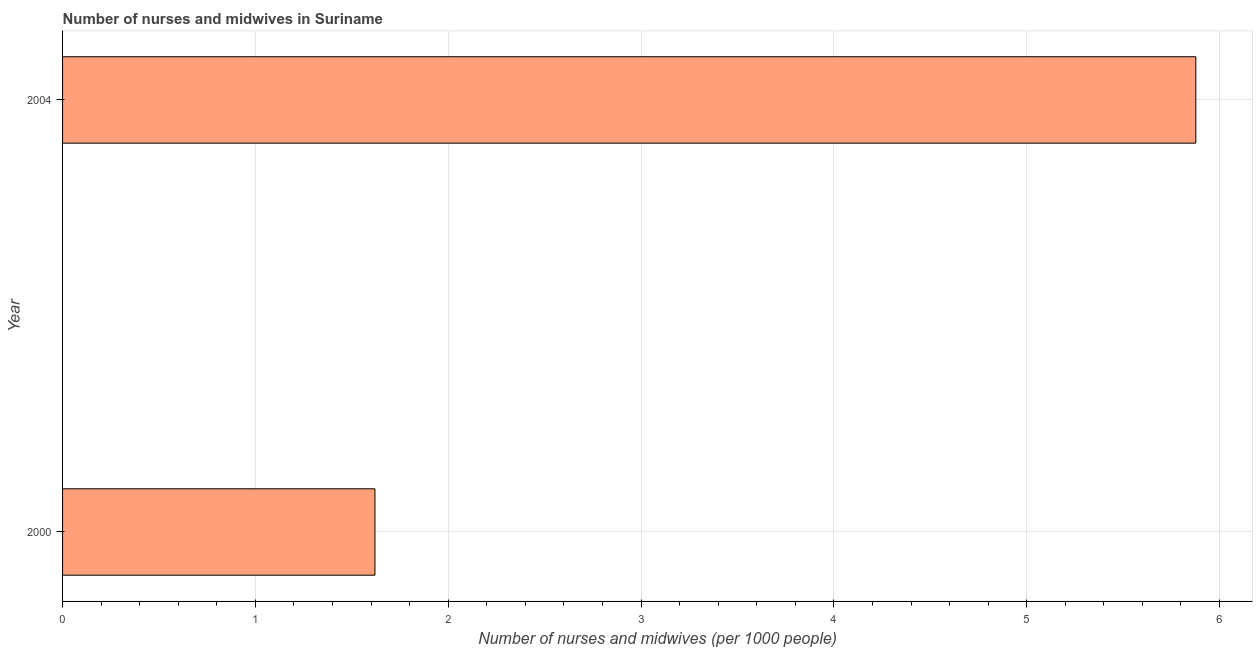
| Year | Nurses and midwives |
 | --- | --- |
 | 2000 | 1.62 |
 | 2004 | 5.88 |